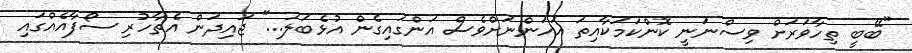
"ބޭބީ ތިހާވަރަށް ވިސްނަނީ ކޮންކަމަކާއިތަ އަހަންނަށްވެސް އަންގައިގެން އުޅެބަލަ..." ޖައިދަން އެތާހުރި ސޯފާއެއްގައި